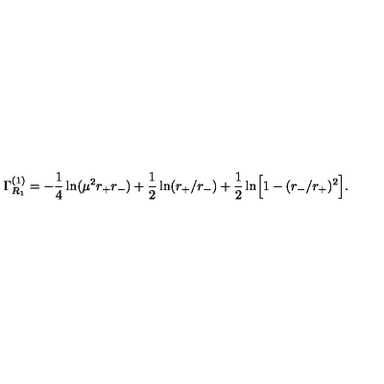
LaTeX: \Gamma _ { R _ { 1 } } ^ { ( 1 ) } = - { \frac { 1 } { 4 } } \ln ( \mu ^ { 2 } r _ { + } r _ { - } ) + { \frac { 1 } { 2 } } \ln ( r _ { + } / r _ { - } ) + { \frac { 1 } { 2 } } \ln \Bigr [ 1 - ( r _ { - } / r _ { + } ) ^ { 2 } \Bigr ] .